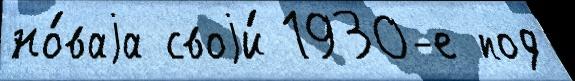
но́ваjа своjи́ 1930-е под